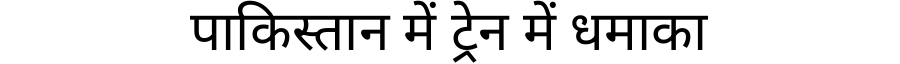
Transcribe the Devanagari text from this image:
पाकिस्तान में ट्रेन में धमाका